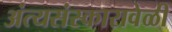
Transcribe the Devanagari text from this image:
अंत्यसंस्कारावेळी